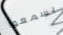
يسمعوا